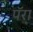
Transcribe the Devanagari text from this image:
पॅरा